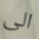
الى